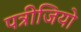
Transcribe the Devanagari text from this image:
पत्रीजियो